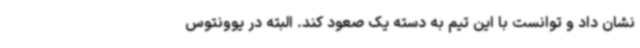
نشان داد و توانست با این تیم به دسته یک صعود کند. البته در یوونتوس